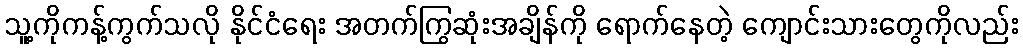
သူ့ကိုကန့်ကွက်သလို နိုင်ငံရေး အတက်ကြွဆုံးအချိန်ကို ရောက်နေတဲ့ ကျောင်းသားတွေကိုလည်း